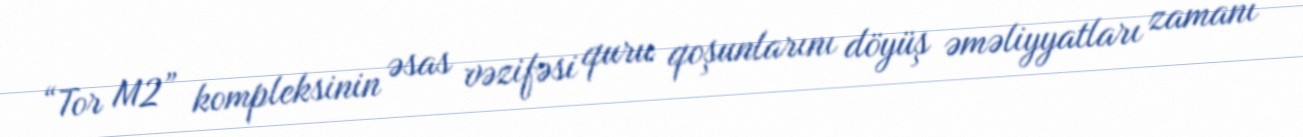
“Tor M2” kompleksinin əsas vəzifəsi quru qoşunlarını döyüş əməliyyatları zamanı